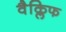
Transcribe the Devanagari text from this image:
वैक्लिफ